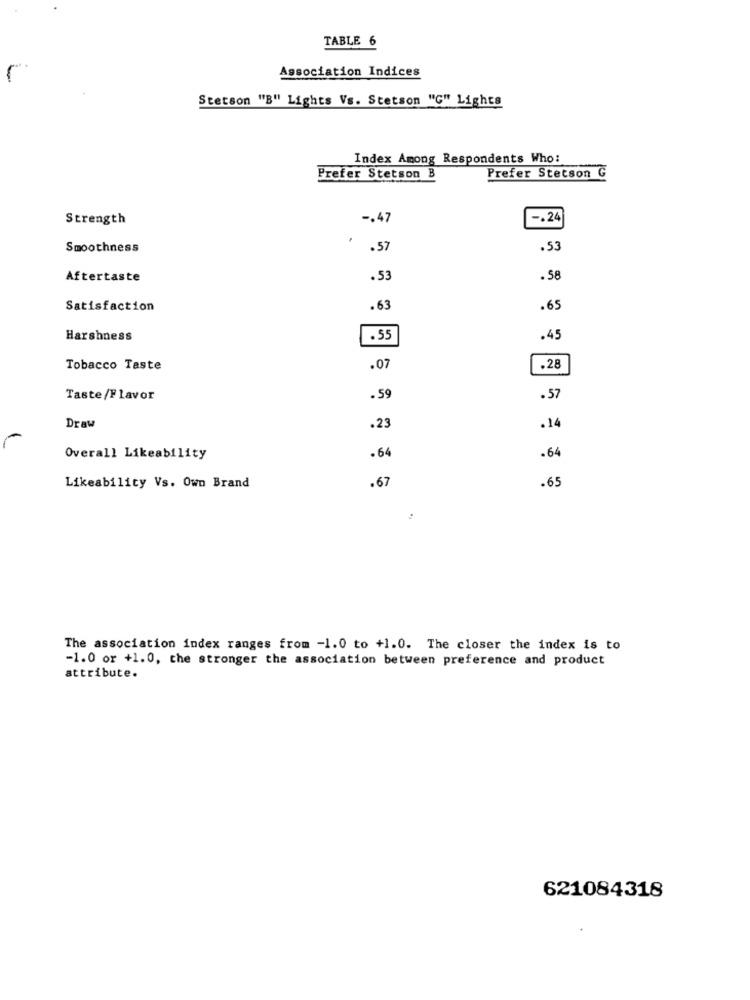
TABLE 6
Association Indices
Stetson "B" Lights Vs. Stetson "C" Lights
Index Among Respondents Who:
Prefer Stetson
Prefer Stetson G
Strength
-. 47
-. 24
.
Smoothness
.57
.53
Aftertaste
.53
.58
Satisfaction
.63
.65
Harshness
.55
.45
Tobacco Taste
.07
.28
Taste/Flavor
. 59
.57
Draw
.23
.14
Overall Likeability
.64
.64
.67
.65
Likeability Vs. Own Brand
The association index ranges from -1.0 to +1.0. The closer the index is to
-1.0 or +1.0, the stronger the association between preference and product
attribute.
621084318